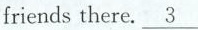
friends there.\underline{3}